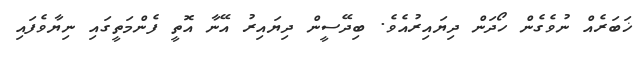
ޚަބަރެއް ނުވެގެން ހޯދަން ދިޔައިރުއެވެ. ބިދޭސީން ދިޔައިރު އޭނާ އޮތީ ފެންމަތީގައި ނިޔާވެފައި